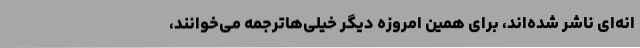
انه‌ای ناشر شده‌اند، برای همین امروزه دیگر خیلی‌هاترجمه می‌خوانند،